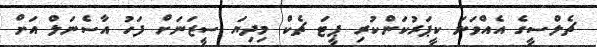
ޗެލްސީގެ އެއްވަނަ ކީޕަރުކަންކުރި ޕީޓަ ޗެކް މިދިޔަ ސީޒަނަށް ފަހު އާސެނަލް އަށް